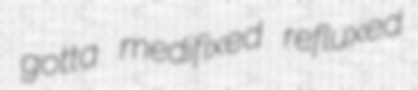
gotta medifixed refluxed